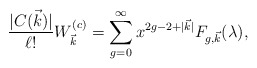
\begin{align*}{ |C(\vec{k} )| \over \ell !}W^{ (c)}_{\vec{k} } =\sum_{g=0}^{\infty} x^{ 2g-2+|\vec{k} |} F_{g, \vec{k} }(\lambda ),\end{align*}